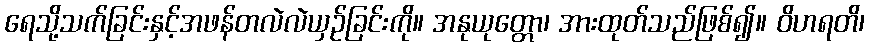
ရေသို့သက်ခြင်းနှင့်အဖန်တလဲလဲယှဉ်ခြင်းကို။ အနုယုတ္တော၊ အားထုတ်သည်ဖြစ်၍။ ဝိဟရတိ၊